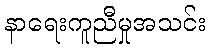
နာရေးကူညီမှုအသင်း